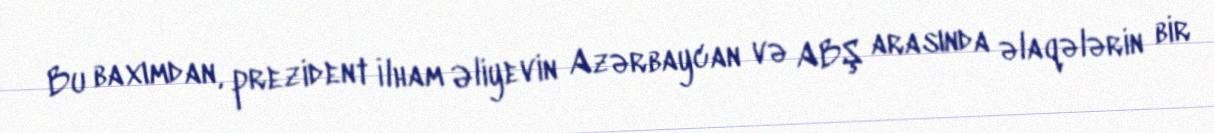
Bu baxımdan, prezident İlham Əliyevin Azərbaycan və ABŞ arasında əlaqələrin bir